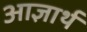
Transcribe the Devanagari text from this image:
आज्ञार्थ